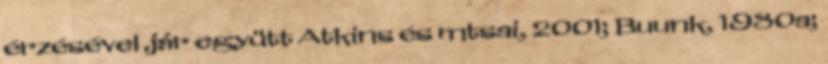
érzésével jár együtt Atkins és mtsai, 2001; Buunk, 1980a;